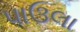
પાઉલા